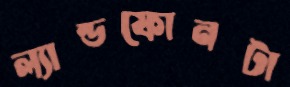
ল্যান্ডফোনটা